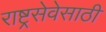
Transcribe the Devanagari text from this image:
राष्ट्रसेवेसाठी